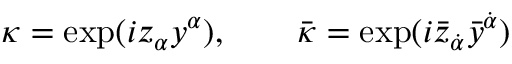
\kappa = \exp ( i z _ { \alpha } y ^ { \alpha } ) , \qquad \bar { \kappa } = \exp ( i \bar { z } _ { \dot { \alpha } } \bar { y } ^ { \dot { \alpha } } )